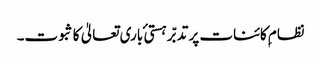
نظام ِکائنات پر تدبّر ہستی ٔ باری تعالیٰ کا ثبوت۔